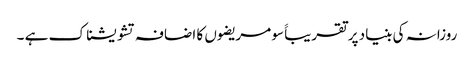
روزانہ کی بنیاد پر تقریباََ سو مریضوں کا اضافہ تشویشناک ہے ۔